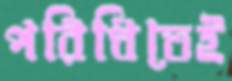
পরিধিতেই